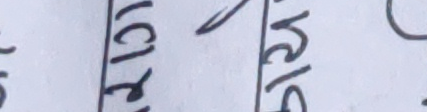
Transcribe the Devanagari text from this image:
(िर) शिरि